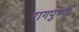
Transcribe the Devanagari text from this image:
रागपुष्पी